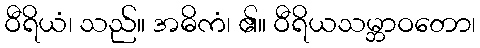
ဝီရိယံ၊ သည်။ အဓိကံ၊ ၏။ ဝီရိယသမ္ဘာဝတော၊